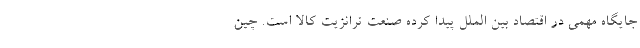
جایگاه مهمی در اقتصاد بین الملل پیدا کرده صنعت ترانزیت کالا است. چین